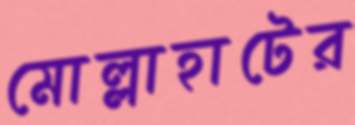
মোল্লাহাটের